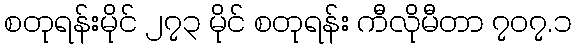
စတုရန်းမိုင် ၂၇၃ မိုင် စတုရန်း ကီလိုမီတာ ၇၀၇.၁